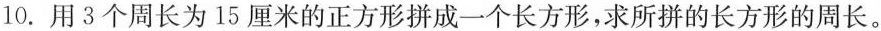
10.用3个周长为15厘米的正方形拼成一个长方形，求所拼的长方形的周长。